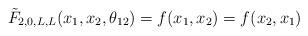
LaTeX: \begin{align*}\tilde {F}_{2,0, L,L} (x_1, x_2, \theta_{12}) = f (x_1, x_2) = f(x_2,x_1)\end{align*}